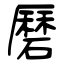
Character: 磿